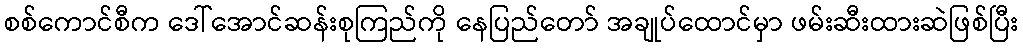
စစ်ကောင်စီက ဒေါ်အောင်ဆန်းစုကြည်ကို နေပြည်တော် အချုပ်ထောင်မှာ ဖမ်းဆီးထားဆဲဖြစ်ပြီး